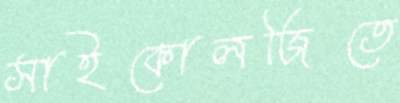
সাইকোলজিতে